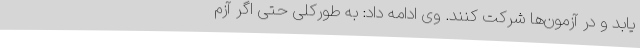
یابد و در آزمون‌ها شرکت کنند. وی ادامه داد: به طورکلی حتی اگر آزم